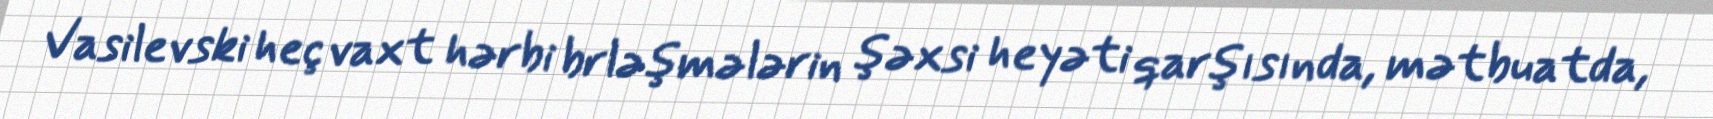
Vasilevski heç vaxt hərbi brləşmələrin şəxsi heyəti qarşısında, mətbuatda,